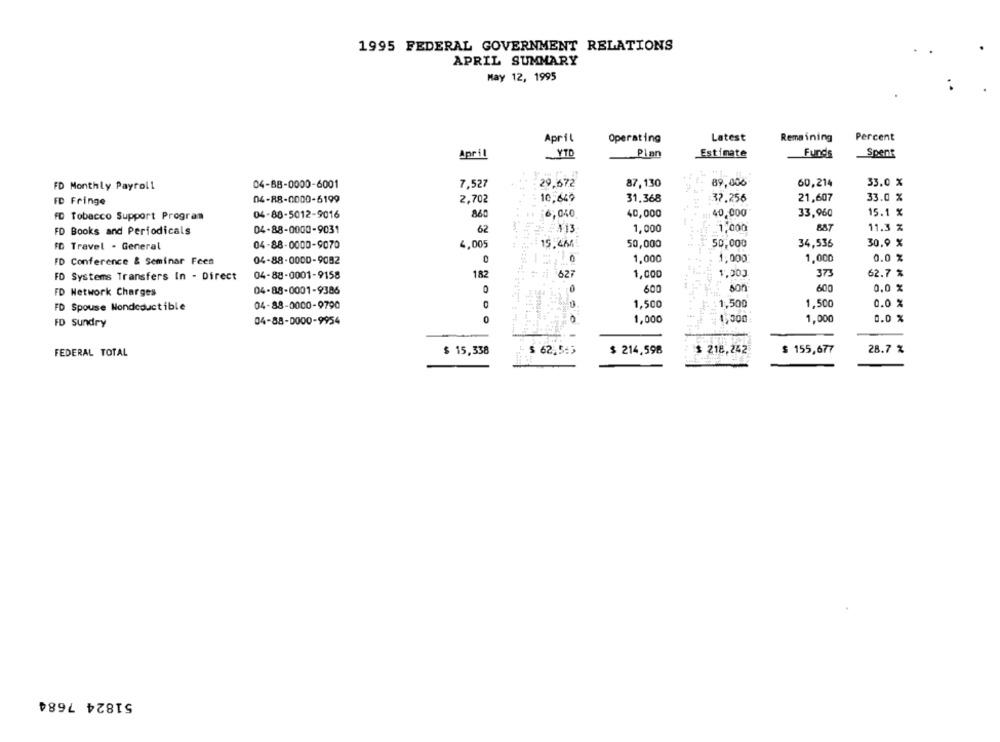
1995 FEDERAL GOVERNMENT RELATIONS
APRIL SUMMARY
May 12, 1995
April
Operating
Latest
Remaining
Percent
April
YTD
Pian
_Estimate
Funds
Spent
FD Monthly Payroll
04-88-0000-6001
7,527
29,672
87,130
89,006
60,214
33.0 %
FD Fringe
04-88-0000-6199
2,702
10,649
31.368
37.256
21,607
33.0 %
04-80-5012-9016
860
6,040
40,000
40,000
33,960
15.1 %
FD Tobacco Support Program
FD Books and Periodicals
04-88-0000-9031
62
EN13
1,000
_1,000
887
11.3 %
04-88-0000-9070
4,005
15.468
50,000
50,000
34,536
30.9 %
FD Travel - General
1,000
1,000
1,000
0.0 %
FD Conference & Seminar Fees
04-88-0000-9082
04-88-0001-9158
182
627
1,000
1.003
373
62.7 %
FD Systems Transfers In - Direct
600
son
600
0,0 %
FD Network Charges
04-88-0001-9386
04-88-0000-9790
1,500
1,500
1,500
0.0 %
FD Spouse Nondeductible
0
1,000
1,000
1,000
0.0 %
FD sundry
04-88-0000-9954
$ 218,242
$ 155,677
28.7 %
FEDERAL TOTAL
$ 15,338
- $ 62.543
$ 214,598
51824 7684